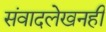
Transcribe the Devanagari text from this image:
संवादलेखनही